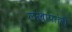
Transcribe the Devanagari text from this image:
लखापतेरी